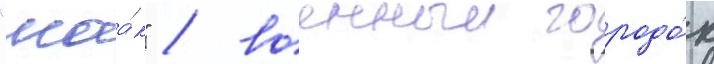
"маа́к" / военныи городо́к